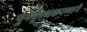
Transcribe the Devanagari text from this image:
पुनर्पृथ्थकरणाने